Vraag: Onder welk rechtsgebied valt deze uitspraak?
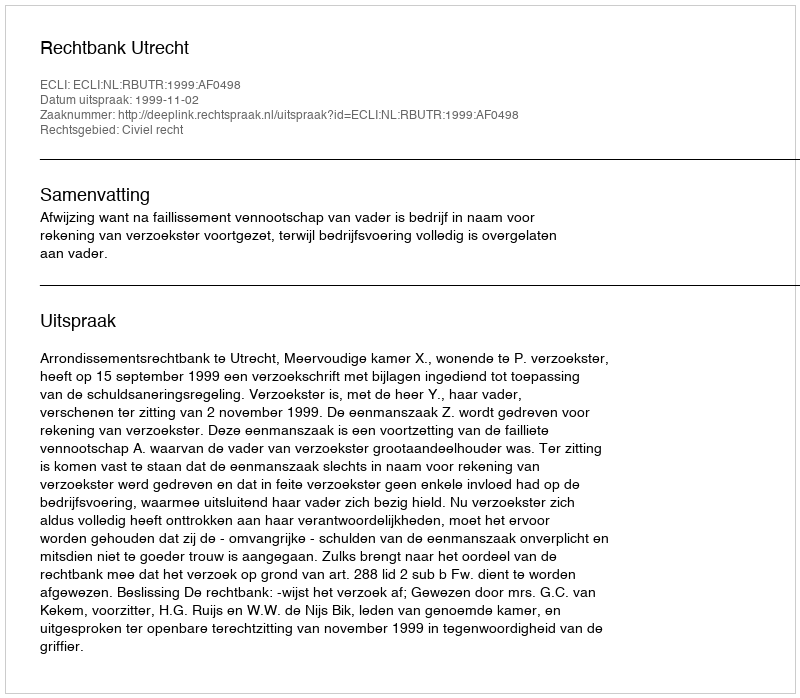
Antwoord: Civiel recht